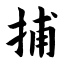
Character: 捕